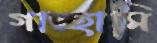
গাচ্ছামি